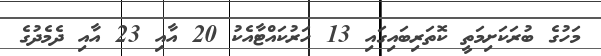
މަހުގެ ބުރަކަށިމަތީ ކޮތަރިބައިގައި 13 ހަރުކައްޓާއެކު 20 އާއި 23 އާއި ދެމެދުގެ